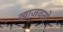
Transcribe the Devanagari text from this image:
खाजवतो